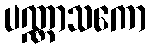
ပဏ္ဏာသကော